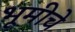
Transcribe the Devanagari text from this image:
भूमीचे